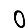
Digit: 0